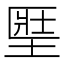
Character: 𡍱